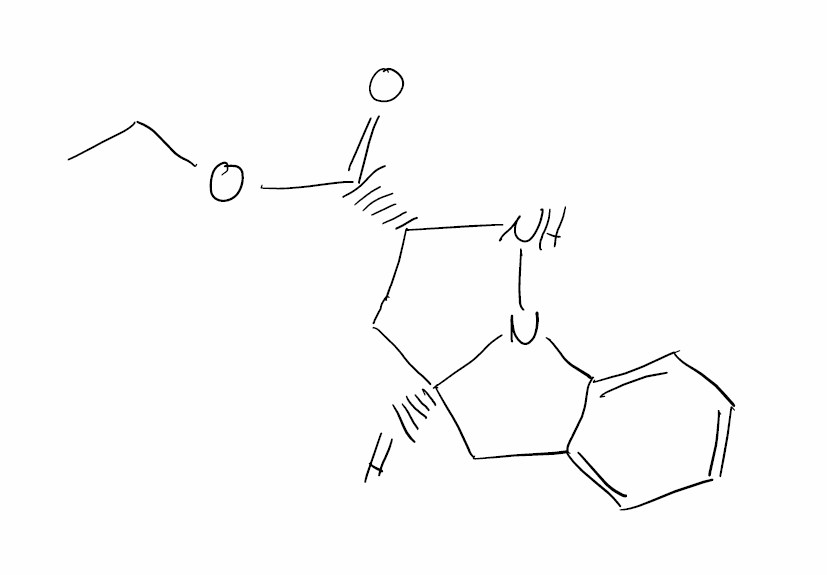
Simplified molecular-input line-entry system (SMILES) notation of the given molecule:
CCOC(=O)[C@H]1C[C@@H]2CC3=CC=CC=C3N2N1